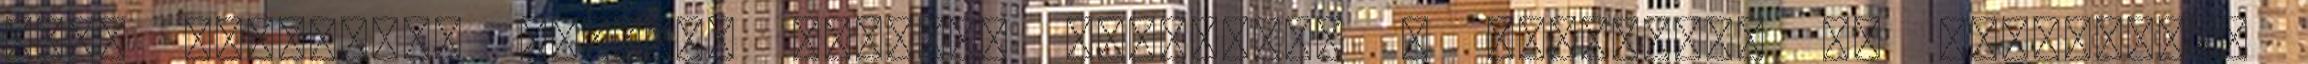
majd hamarosan érkezik Florci, hozzászól a képemhez, és meginvitál